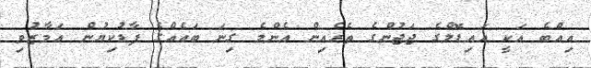
އިއްބެ އަކީ އައިޑޮލްގެ ޖަޖުންގެ ތެރެއިން އެންމެ ގިނަ ބައެއްގެ ފާޑުކިޔުން އަމާޒުވި